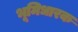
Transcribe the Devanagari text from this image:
भूमिधारक